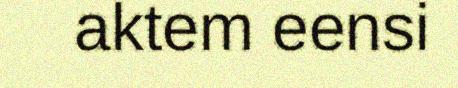
aktem eensi